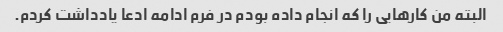
البته من کارهایی را که انجام داده بودم در فرم ادامه ادعا یادداشت کردم.